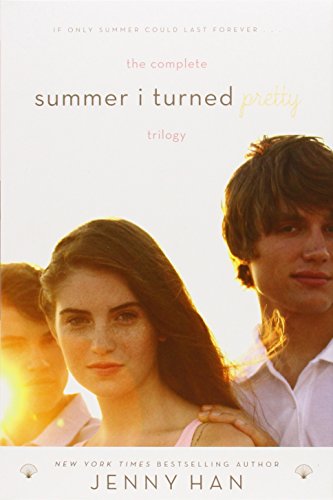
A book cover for The Complete Summer I Turned Pretty Trilogy: The Summer I Turned Pretty; It's Not Summer Without You; We'll Always Have Summer; Jenny Han; Children's Books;